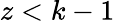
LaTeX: z<k-1